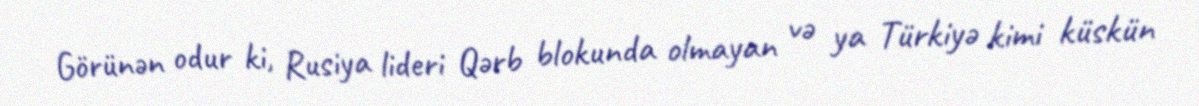
Görünən odur ki, Rusiya lideri Qərb blokunda olmayan və ya Türkiyə kimi küskün